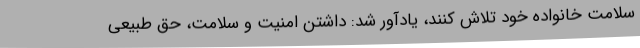
سلامت خانواده خود تلاش کنند، یادآور شد: داشتن امنیت و سلامت، حق طبیعی